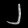
Digit: ၂